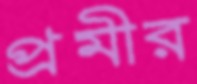
প্রমীর